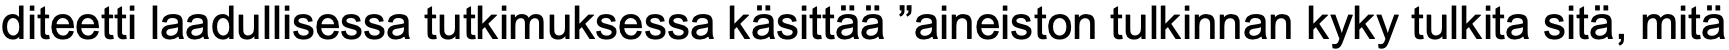
diteetti laadullisessa tutkimuksessa käsittää ”aineiston tulkinnan kyky tulkita sitä, mitä